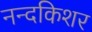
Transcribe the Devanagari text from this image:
नन्दकिशर